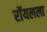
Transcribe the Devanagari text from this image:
रॉयलला